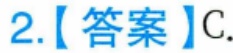
2.【答案】C.